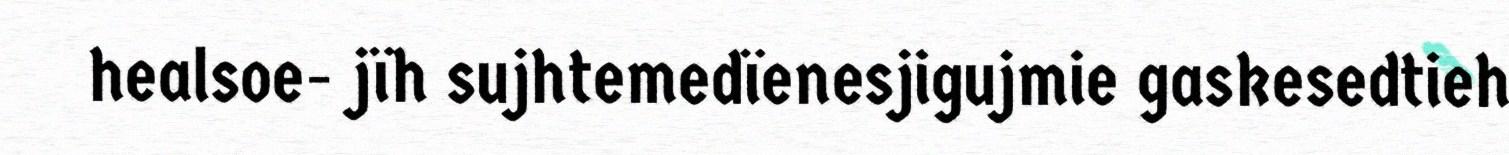
healsoe- jïh sujhtemedïenesjigujmie gaskesedtieh